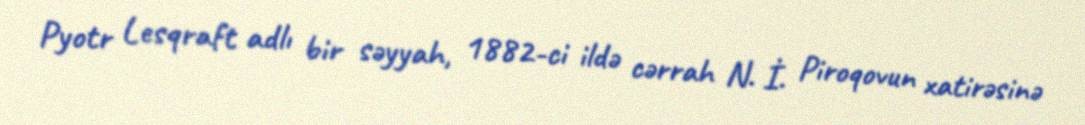
Pyotr Lesqraft adlı bir səyyah, 1882-ci ildə cərrah N. İ. Piroqovun xatirəsinə